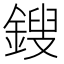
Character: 鎪